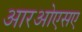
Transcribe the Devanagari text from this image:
आरओएसए